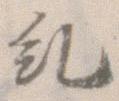
糺